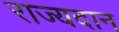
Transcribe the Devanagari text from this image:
राज्यदान